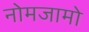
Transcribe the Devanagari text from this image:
नोमजामो